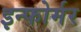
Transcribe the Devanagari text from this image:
इन्फोर्मर